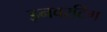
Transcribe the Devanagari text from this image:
इनवरटिंग